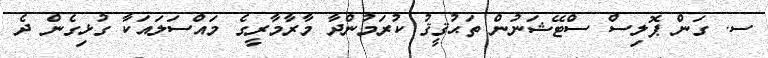
ސ. ގަން ޕޮލިސް ސްޓޭޝަނުން ތަޙުޤީޤު ކުރަމުންދާ މާރާމާރީގެ މައްސަލައަކާ ގުޅިގެން ދެ